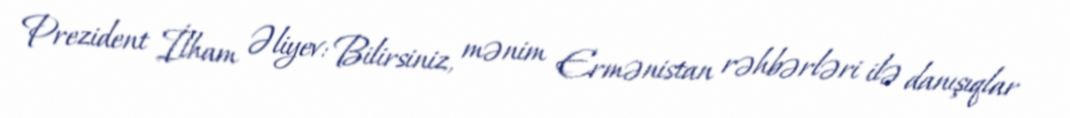
Prezident İlham Əliyev: Bilirsiniz, mənim Ermənistan rəhbərləri ilə danışıqlar